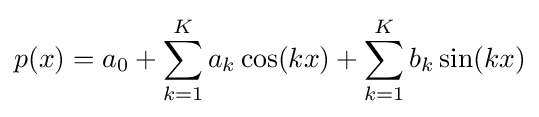
p(x)=a_{0}+\sum _{k=1}^{K}a_{k}\cos(kx)+\sum _{k=1}^{K}b_{k}\sin(kx)